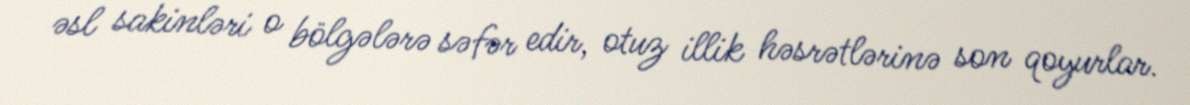
əsl sakinləri o bölgələrə səfər edir, otuz illik həsrətlərinə son qoyurlar.